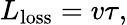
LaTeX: L_{\mathrm{loss}}=v\tau,